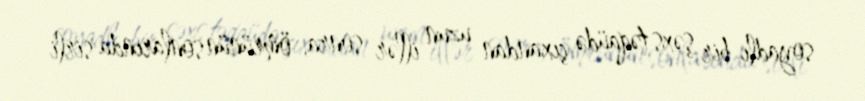
soyadlı bir şəxs təqaüdə çıxandan uzun illər sonra, ömrünün sonlarında sirli